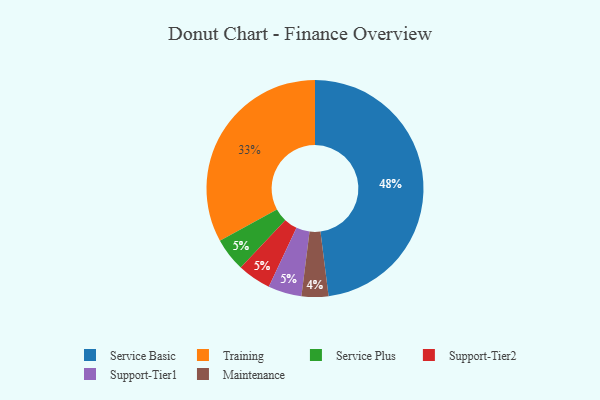
{"axis": {"x": "Category", "y": "Percentage"}, "legend": ["Maintenance", "Service Basic", "Service Plus", "Support-Tier1", "Support-Tier2", "Training"], "data": [{"x": "Service Plus", "y": 5, "type": "Service Plus"}, {"x": "Support-Tier2", "y": 5, "type": "Support-Tier2"}, {"x": "Training", "y": 33, "type": "Training"}, {"x": "Service Basic", "y": 48, "type": "Service Basic"}, {"x": "Support-Tier1", "y": 5, "type": "Support-Tier1"}, {"x": "Maintenance", "y": 4, "type": "Maintenance"}]}